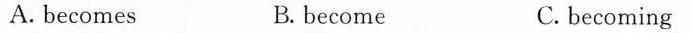
A.becomes B.become C.becoming